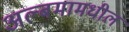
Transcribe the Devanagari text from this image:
अल्बमामधील